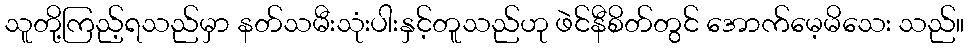
သူတို့ကြည့်ရသည်မှာ နတ်သမီးသုံးပါးနှင့်တူသည်ဟု ဖဲင်နီစိတ်တွင် အောက်မေ့မိသေး သည်။